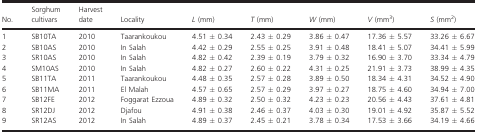
<table><thead><tr><td><b>No.</b></td><td><b>Sorghum cultivars</b></td><td><b>Harvest date</b></td><td><b>Locality</b></td><td><b><i>L</i> (mm)</b></td><td><b><i>T</i> (mm)</b></td><td><b><i>W</i> (mm)</b></td><td><b><i>V</i> (mm<sup>3</sup>)</b></td><td><b><i>S</i> (mm<sup>2</sup>)</b></td></tr></thead><tbody><tr><td>1</td><td>SB10TA</td><td>2010</td><td>Taarankoukou</td><td>4.51 ± 0.34</td><td>2.43 ± 0.29</td><td>3.86 ± 0.47</td><td>17.36 ± 5.57</td><td>33.26 ± 6.67</td></tr><tr><td>2</td><td>SB10AS</td><td>2010</td><td>In Salah</td><td>4.42 ± 0.29</td><td>2.55 ± 0.25</td><td>3.91 ± 0.48</td><td>18.41 ± 5.07</td><td>34.41 ± 5.99</td></tr><tr><td>3</td><td>SR10AS</td><td>2010</td><td>In Salah</td><td>4.82 ± 0.42</td><td>2.39 ± 0.19</td><td>3.79 ± 0.32</td><td>16.90 ± 3.70</td><td>33.34 ± 4.79</td></tr><tr><td>4</td><td>SM10AS</td><td>2010</td><td>In Salah</td><td>4.82 ± 0.27</td><td>2.60 ± 0.22</td><td>4.31 ± 0.25</td><td>21.91 ± 3.73</td><td>38.99 ± 4.35</td></tr><tr><td>5</td><td>SB11TA</td><td>2011</td><td>Taarankoukou</td><td>4.48 ± 0.35</td><td>2.57 ± 0.28</td><td>3.89 ± 0.50</td><td>18.34 ± 4.31</td><td>34.52 ± 4.90</td></tr><tr><td>6</td><td>SB11MA</td><td>2011</td><td>El Malah</td><td>4.57 ± 0.65</td><td>2.57 ± 0.29</td><td>3.97 ± 0.27</td><td>18.75 ± 4.60</td><td>34.94 ± 7.00</td></tr><tr><td>7</td><td>SB12FE</td><td>2012</td><td>Foggarat Ezzoua</td><td>4.89 ± 0.32</td><td>2.50 ± 0.32</td><td>4.23 ± 0.23</td><td>20.56 ± 4.43</td><td>37.61 ± 4.81</td></tr><tr><td>8</td><td>SR12DJ</td><td>2012</td><td>Djafou</td><td>4.91 ± 0.38</td><td>2.46 ± 0.37</td><td>4.03 ± 0.30</td><td>19.01 ± 4.92</td><td>35.87 ± 5.52</td></tr><tr><td>9</td><td>SR12AS</td><td>2012</td><td>In Salah</td><td>4.89 ± 0.37</td><td>2.45 ± 0.21</td><td>3.78 ± 0.34</td><td>17.53 ± 3.66</td><td>34.19 ± 4.66</td></tr></tbody></table>